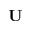
\mathbf { U }